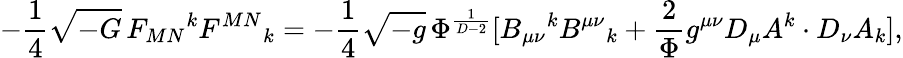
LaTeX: -\frac{1}{4}\sqrt{-G}\, F_{MN}{}^{k}F^{MN}{}_{k}=-\frac{1}{4}\sqrt{-g}\, \Phi^{\frac{1}{D-2}}[B_{\mu\nu}{}^{k}B^{\mu\nu}{}_{k}+\frac{2}{\Phi}g^{\mu\nu}D_{\mu}A^{k}\cdot D_{\nu}A_{k}],